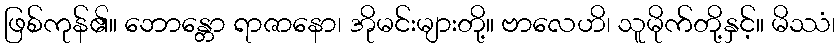
ဖြစ်ကုန်၏။ ဘောန္တော ရာဇာနော၊ အိုမင်းများတို့။ ဗာလေဟိ၊ သူမိုက်တို့နှင့်။ မိဿံ၊